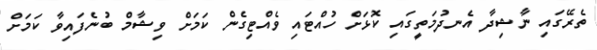
ތެރޭގައި ނާޝިދާ އެނދުމަތީގައި ކޮޅަށް ހުއްޓައި ވެއްޓިގެން ކަމަށް ވިޝާމް ބުނެފައިވާ ކަމަށް